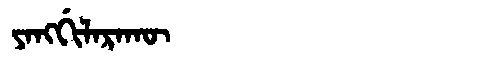
Manchu: ᠶᠠᠩᡤᡳᠯᠠᡵᠠᡴᡡ
Romanization: YANGGILARAKŪ